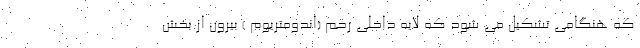
که هنگامی تشکیل می شود که لایه داخلی رحم (اندومتریوم ) بیرون از بخش